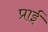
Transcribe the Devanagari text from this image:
प्राई